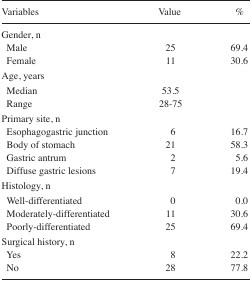
| Variables | Value | % |
 | --- | --- | --- |
 | <COLSPAN=3> Gender, n |
 | Male | 25 | 69.4 |
 | Female | 11 | 30.6 |
 | <COLSPAN=3> Age, years |
 | Median | 53.5 |  |
 | Range | 28–75 |  |
 | <COLSPAN=3> Primary site, n |
 | Esophagogastric junction | 6 | 16.7 |
 | Body of stomach | 21 | 58.3 |
 | Gastric antrum | 2 | 5.6 |
 | Diffuse gastric lesions | 7 | 19.4 |
 | <COLSPAN=3> Histology, n |
 | Well-differentiated | 0 | 0.0 |
 | Moderately-differentiated | 11 | 30.6 |
 | Poorly-differentiated | 25 | 69.4 |
 | <COLSPAN=3> Surgical history, n |
 | Yes | 8 | 22.2 |
 | No | 28 | 77.8 |